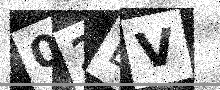
Text: 02EV